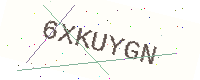
Text: 6XKUYGN